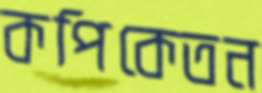
কপিকেতন